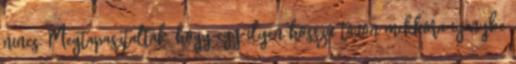
nincs. Megtapasztalták, hogy egy ilyen hosszú távon mekkora igénybe